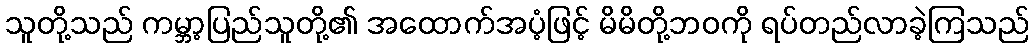
သူတို့သည် ကမ္ဘာ့ပြည်သူတို့၏ အထောက်အပံ့ဖြင့် မိမိတို့ဘဝကို ရပ်တည်လာခဲ့ကြသည်